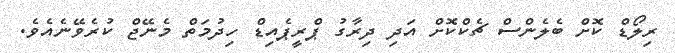
ރިލޯޑް ކޮށް ބެލެންސް ޗެކްކޮށް އަދި ދިރާގު ޕްރީޕެއިޑް ހިދުމަތް މެނޭޖް ކުރެވޭނެއެވެ.